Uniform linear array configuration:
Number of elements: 16
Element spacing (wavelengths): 0.25
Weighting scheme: uniform
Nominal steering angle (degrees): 60
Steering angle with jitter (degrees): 61.483
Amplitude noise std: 0.05
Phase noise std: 0.05

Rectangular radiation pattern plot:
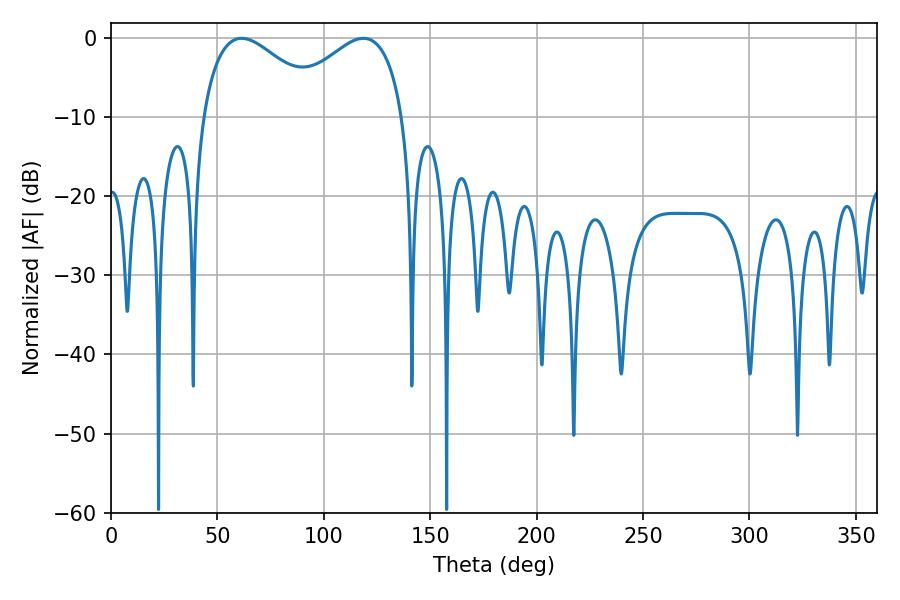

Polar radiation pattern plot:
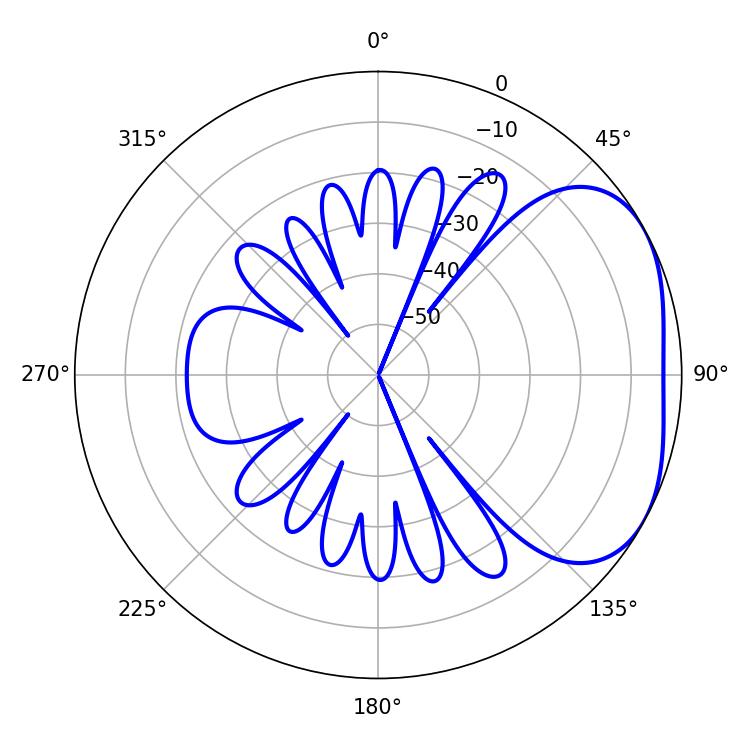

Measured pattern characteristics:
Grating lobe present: FALSE
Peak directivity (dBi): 3.169
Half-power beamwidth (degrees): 31.68
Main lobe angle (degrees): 61.38